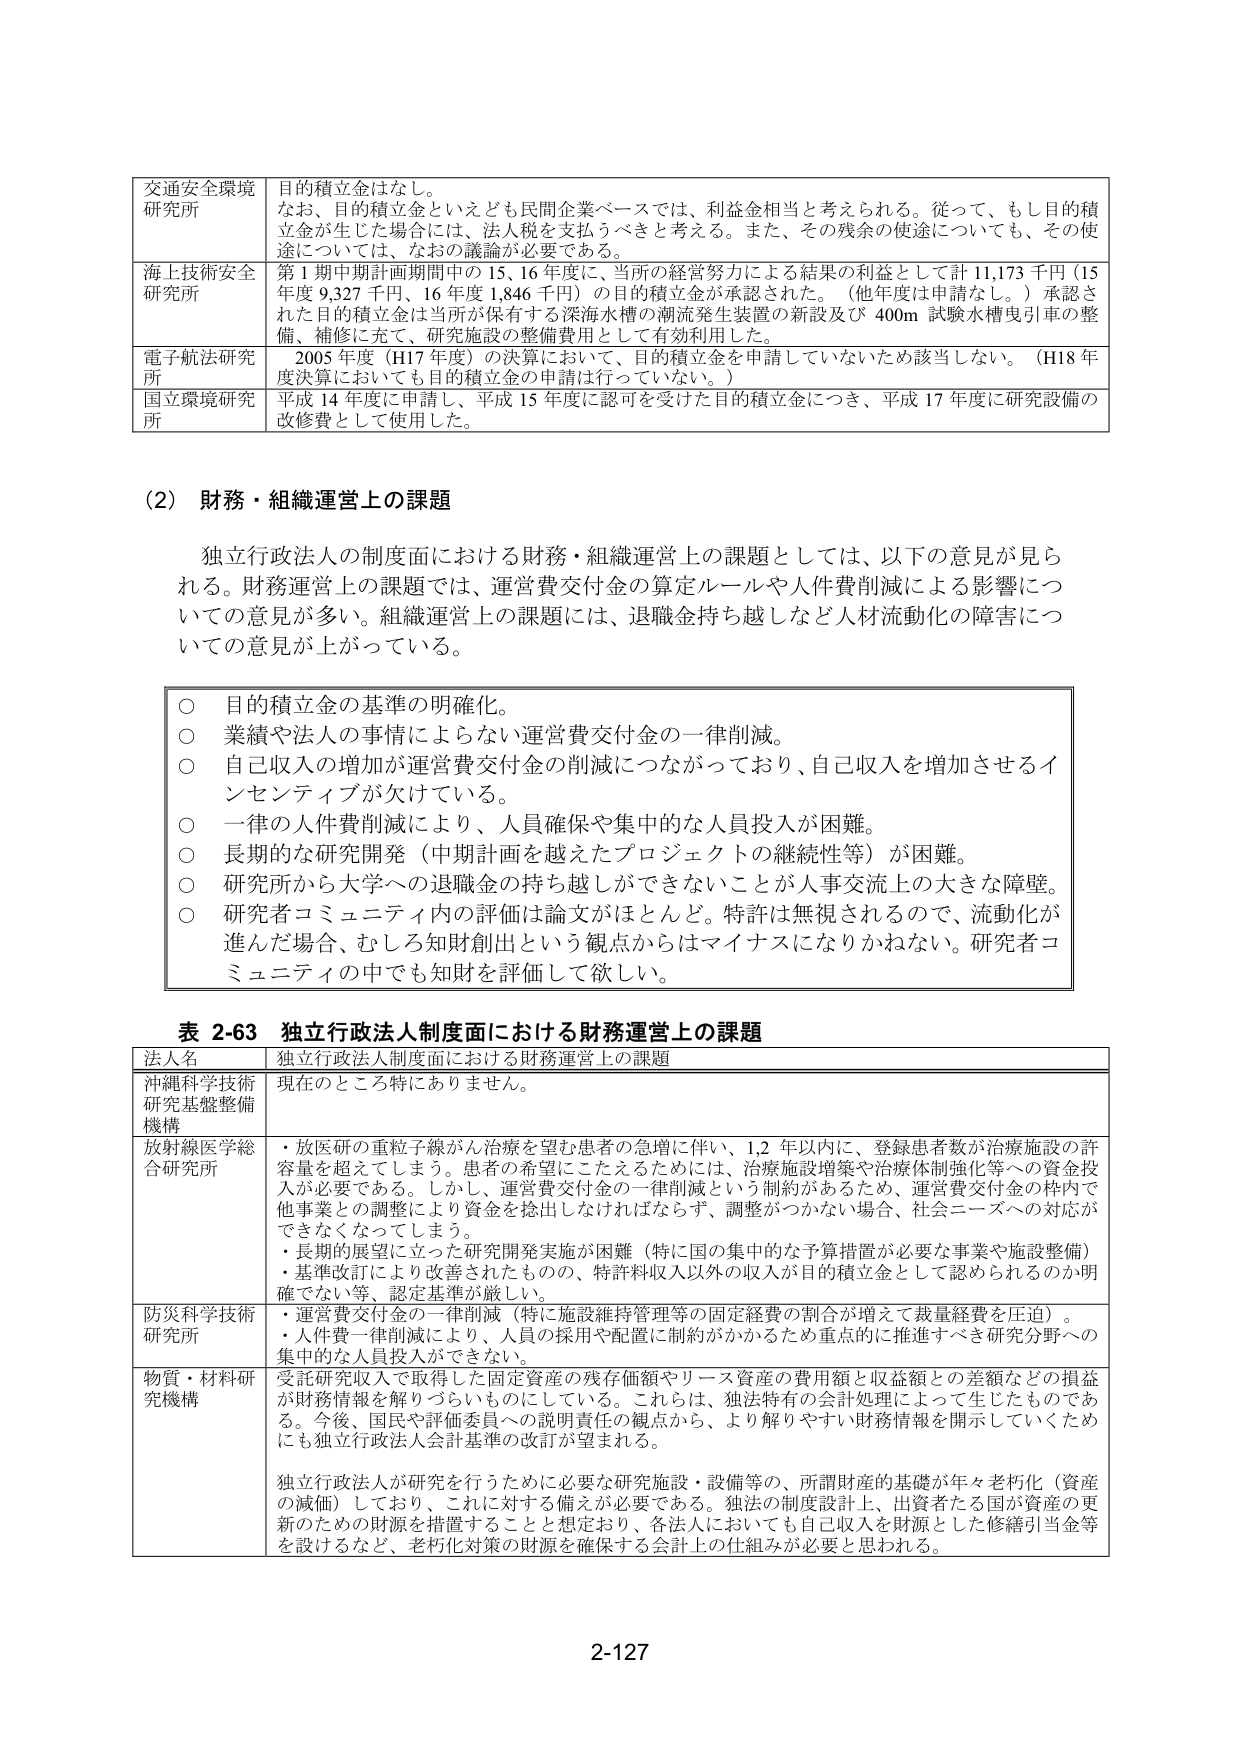
交通安全部環境研究所　目的積立金はなし。
なお、目的積立金といえども民間企業ベースでは、利益金相当と考えられる。従って、もし目的積立金が生じた場合には、法人税を支払うべきと考える。また、その残余の使途についても、その使途については、なおの議論が必要である。

海上技術安全研究所　第1期中期計画期間中の15、16年度に、当所の経営努力による結果の利益として計11,173千円（15年度9,327千円、16年度1,846千円）の目的積立金が承認された。（他年度は申請なし。）承認された目的積立金は当所が保有する深海水槽の潮流発生装置の新設及び400m試験水槽曳引車の整備、補修に充て、研究施設の整備費用として有効利用した。

電子航法研究所　2005年度（H17年度）の決算において、目的積立金を申請していないため該当しない。（H18年度決算においても目的積立金の申請は行っていない。）

国立環境研究所　平成14年度に申請し、平成15年度に認可を受けた目的積立金につき、平成17年度に研究設備の改修費として使用した。

（2）財務・組織運営上の課題

独立行政法人の制度面における財務・組織運営上の課題としては、以下の意見が見られる。財務運営上の課題では、運営費交付金の算定ルールや人件費削減による影響についての意見が多い。組織運営上の課題には、退職金持ち越しなど人材流動化の障害についての意見が上がっている。

○　目的積立金の基準の明確化。
○　業績や法人の事情によらない運営費交付金の一律削減。
○　自己収入の増加が運営費交付金の削減につながっており、自己収入を増加させるインセンティブが欠けていている。
○　一律の人件費削減により、人員確保や集中的な人員投入が困難。
○　長期的な研究開発（中期計画を越えたプロジェクトの継続性等）が困難。
○　研究所から大学への退職金の持ち越しができないことが人事交流上の大きな障壁。
○　研究者コミュニティ内の評価は論文がほとんど。特許は無視されるので、流動化が進んだ場合、むしろ知財創出という観点からはマイナスになりかねない。研究者コミュニティの中でも知財を評価して欲しい。

表2-63　独立行政法人制度面における財務運営上の課題

法人名　独立行政法人制度面における財務運営上の課題

沖縄科学技術研究基盤整備機構　現在のところ特にありません。

放射線医学総合研究所　・放医研の重粒子線がん治療を望む患者の急増に伴い、1,2年以内に、登録患者数が治療施設の許容量を超えてしまう。患者の希望にこたえるためには、治療施設増築や治療体制強化等への資金投入が必要である。しかし、運営費交付金の一律削減という制約があるため、運営費交付金の枠内で他事業との調整により資金を捻出しなければならず、調整がつかない場合、社会ニーズへの対応ができなくなってしまう。
・長期的展望に立った研究開発実施が困難（特に国の集中的な予算措置が必要な事業や施設整備）
・基準改訂により改善されたもの、特許料収入以外の収入が目的積立金として認められるのか明確でない等、認定基準が厳しい。

防災科学技術研究所　・運営費交付金の一律削減（特に施設維持管理等の固定経費の割合が増えて裁量経費を圧迫）。
・人件費一律削減により、人員の採用や配置に制約がかからため重点的に推進すべき研究分野への集中的な人員投入ができない。

物質・材料研究機構　受託研究収入で取得した固定資産の残存価額やリース資産の費用額と収益額との差額などの損益が財務情報を解りづらいものにしている。これらは、独法特有の会計処理によって生じたものである。今後、国民や評価委員への説明責任の観点から、より解りやすい財務情報を開示していくためにも独立行政法人会計基準の改訂が望まれる。
独立行政法人が研究を行うために必要な研究施設・設備等の、所謂財産の基礎が年々老朽化（資産の減価）しており、これに対する備えが必要である。独法の制度設計上、出資者たる国が資産の更新のための財源を措置することと想定おり、各法人においても自己収入を財源とした修繕引当金等を設けるなど、老朽化対策の財源を確保する会計上の仕組みが必要と思われる。

2-127